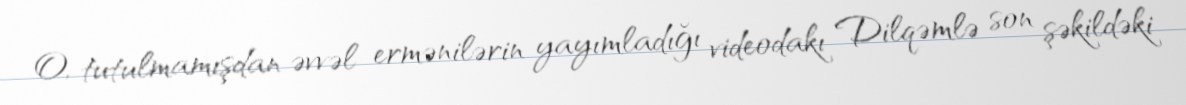
O, tutulmamışdan əvvəl ermənilərin yayımladığı videodakı Dilqəmlə son şəkildəki